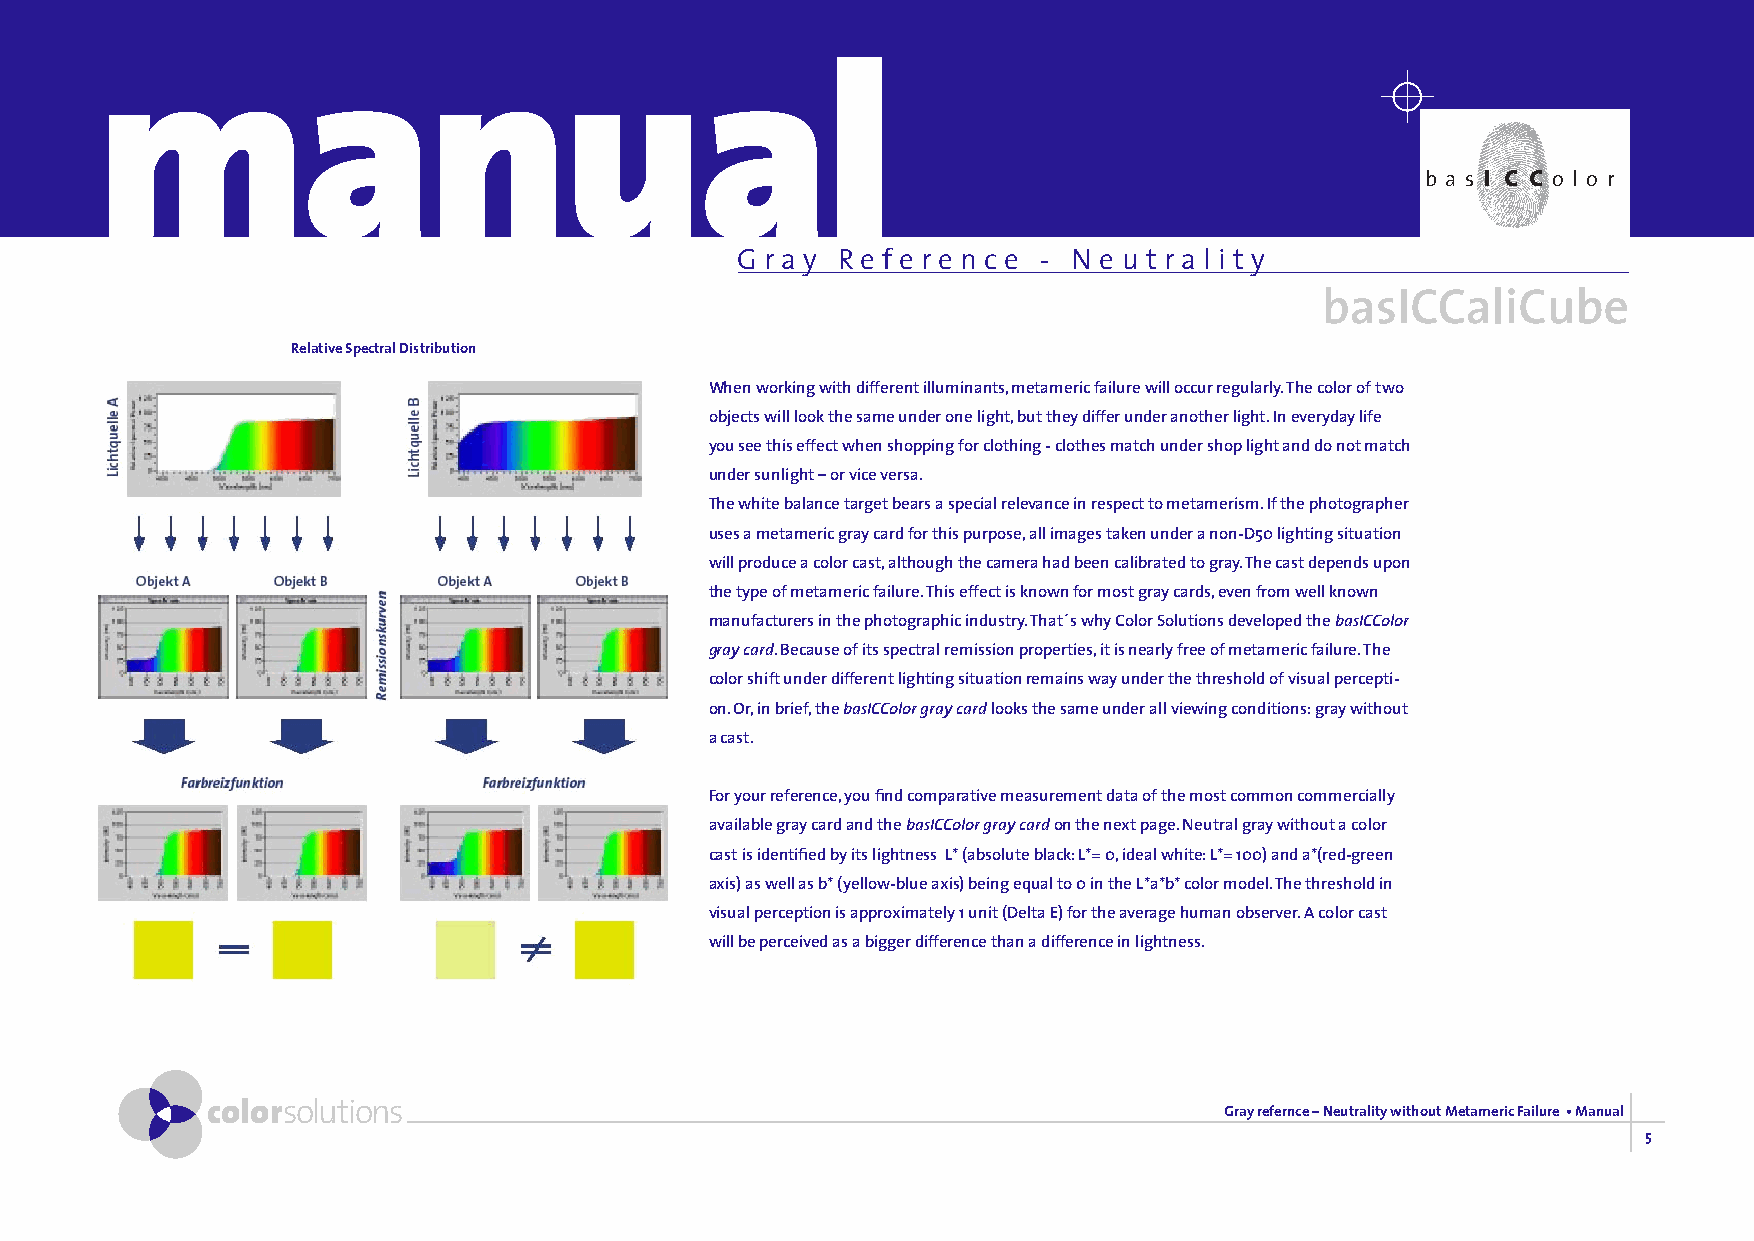
manual
 b a s i c c o l o r
 G r a y R e f e r e n c e - N e u t r a l i t y
 basICCaliCube
 Relative Spectral Distribution
 When working with different illuminants, metameric failure will occur regularly. The color of two
 objects will look the same under one light, but they differ under another light. In everyday life
 you see this effect when shopping for clothing - clothes match under shop light and do not match
 under sunlight – or vice versa.
 The white balance target bears a special relevance in respect to metamerism. If the photographer
 uses a metameric gray card for this purpose, all images taken under a non-D50 lighting situation
 will produce a color cast, although the camera had been calibrated to gray. The cast depends upon
 the type of metameric failure. This effect is known for most gray cards, even from well known
 manufacturers in the photographic industry. That´s why Color Solutions developed the basICColor
 gray card. Because of its spectral remission properties, it is nearly free of metameric failure. The
 color shift under different lighting situation remains way under the threshold of visual percepti-
 on. Or, in brief, the basICColor gray card looks the same under all viewing conditions: gray without
 a cast.
 For your reference, you find comparative measurement data of the most common commercially
 available gray card and the basICColor gray card on the next page. Neutral gray without a color
 cast is identified by its lightness L* (absolute black: L*= 0, ideal white: L*= 100) and a*(red-green
 axis) as well as b* (yellow-blue axis) being equal to 0 in the L*a*b* color model. The threshold in
 visual perception is approximately 1 unit (Delta E) for the average human observer. A color cast
 will be perceived as a bigger difference than a difference in lightness.
 colorsolutions                                                     Gray refernce – Neutrality without Metameric Failure • Manual
 5